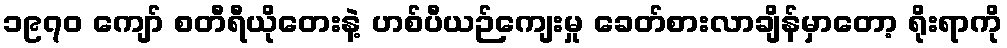
၁၉၇၀ ကျော် စတီရီယိုတေးနဲ့ ဟစ်ပီယဉ်ကျေးမှု ခေတ်စားလာချိန်မှာတော့ ရိုးရာကို